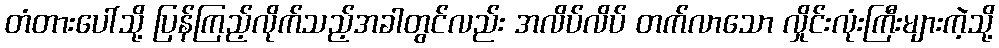
တံတားပေါ်သို့ ပြန်ကြည့်လိုက်သည့်အခါတွင်လည်း အလိပ်လိပ် တက်လာသော လှိုင်းလုံးကြီးများကဲ့သို့